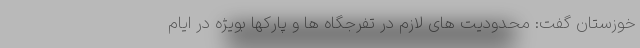
خوزستان گفت: محدودیت های لازم در تفرجگاه ها و پارکها بویژه در ایام